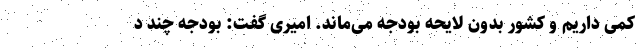
کمی داریم و کشور بدون لایحه بودجه می‌ماند. امیری گفت: بودجه چند د